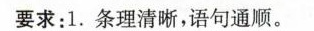
要求：1.条理清晰，语句通顺。